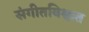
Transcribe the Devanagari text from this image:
संगीतविश्वात